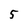
Character: 5